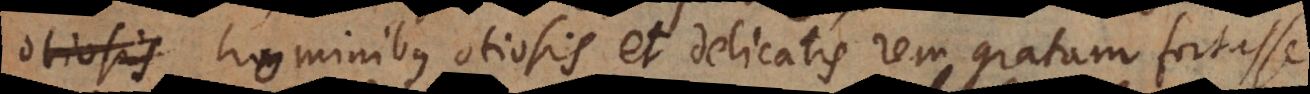
otiosis hominibus otiosis et delicatis rem gratam fortasse